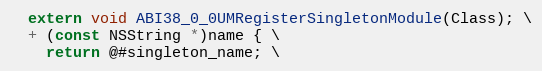
Language: C
  extern void ABI38_0_0UMRegisterSingletonModule(Class); \
  + (const NSString *)name { \
    return @#singleton_name; \